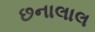
છનાલાલ